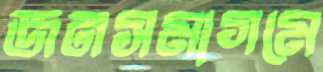
জনসমাগমে